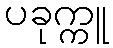
ပခုက္ကူ